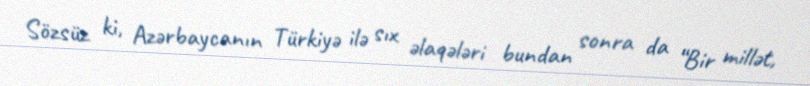
Sözsüz ki, Azərbaycanın Türkiyə ilə sıx əlaqələri bundan sonra da “Bir millət,